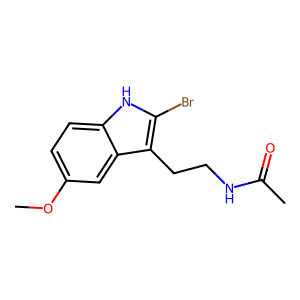
SMILES: COc1ccc2[nH]c(Br)c(CCNC(C)=O)c2c1
Inhibits HIV replication: No